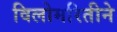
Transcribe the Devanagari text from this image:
विलोमरितीने